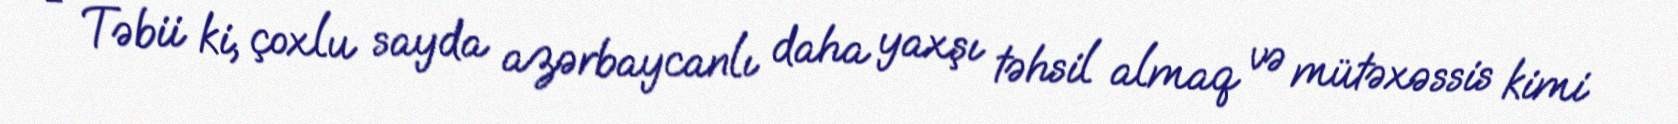
- Təbii ki, çoxlu sayda azərbaycanlı daha yaxşı təhsil almaq və mütəxəssis kimi